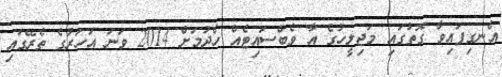
އެނގިފައިވާ ގޮތުގައި މަޖިލީހުގެ އާ ވެބްސައިޓެއް ހެދުމަށް 2014 ވަނަ އަހަރުގެ ތެރޭގައި